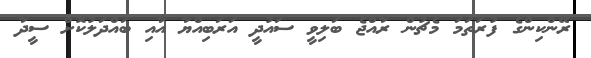
ރޭންކިންގެ ފުރަތަމަ މެޗުން ރާއްޖެ ބަލިވީ ސައުދީ އަރަބިއްޔާ އާއި ބައްދަލުކޮށް ސީދާ